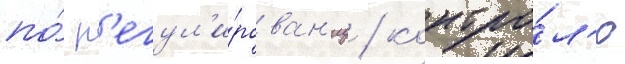
по́ р'егул'и́рован'иу / контро́л'ю